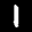
Label: 1